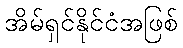
အိမ်ရှင်နိုင်ငံအဖြစ်